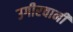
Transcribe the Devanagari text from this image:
उगीरवानी